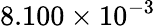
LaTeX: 8.100\times 10^{-3}